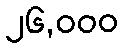
၂၆,၀၀၀